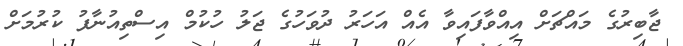
ޖާބިރުގެ މައްޗަށް އިއްވާފައިވާ އެއް އަހަރު ދުވަހުގެ ޖަލު ހުކުމް އިސްތިއުނާފު ކުރުމަށް